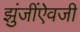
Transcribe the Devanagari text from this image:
झुंजींऐवजी